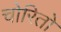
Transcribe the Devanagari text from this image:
चोरितो